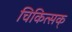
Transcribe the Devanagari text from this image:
चिकित्सक्